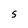
Character: s